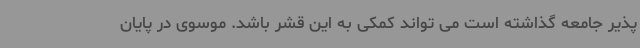
پذیر جامعه گذاشته است می تواند کمکی به این قشر باشد. موسوی در پایان